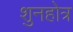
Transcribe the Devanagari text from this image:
शुनहोत्र